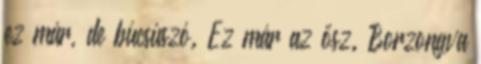
ez már, de búcsúszó. Ez már az ősz. Borzongva